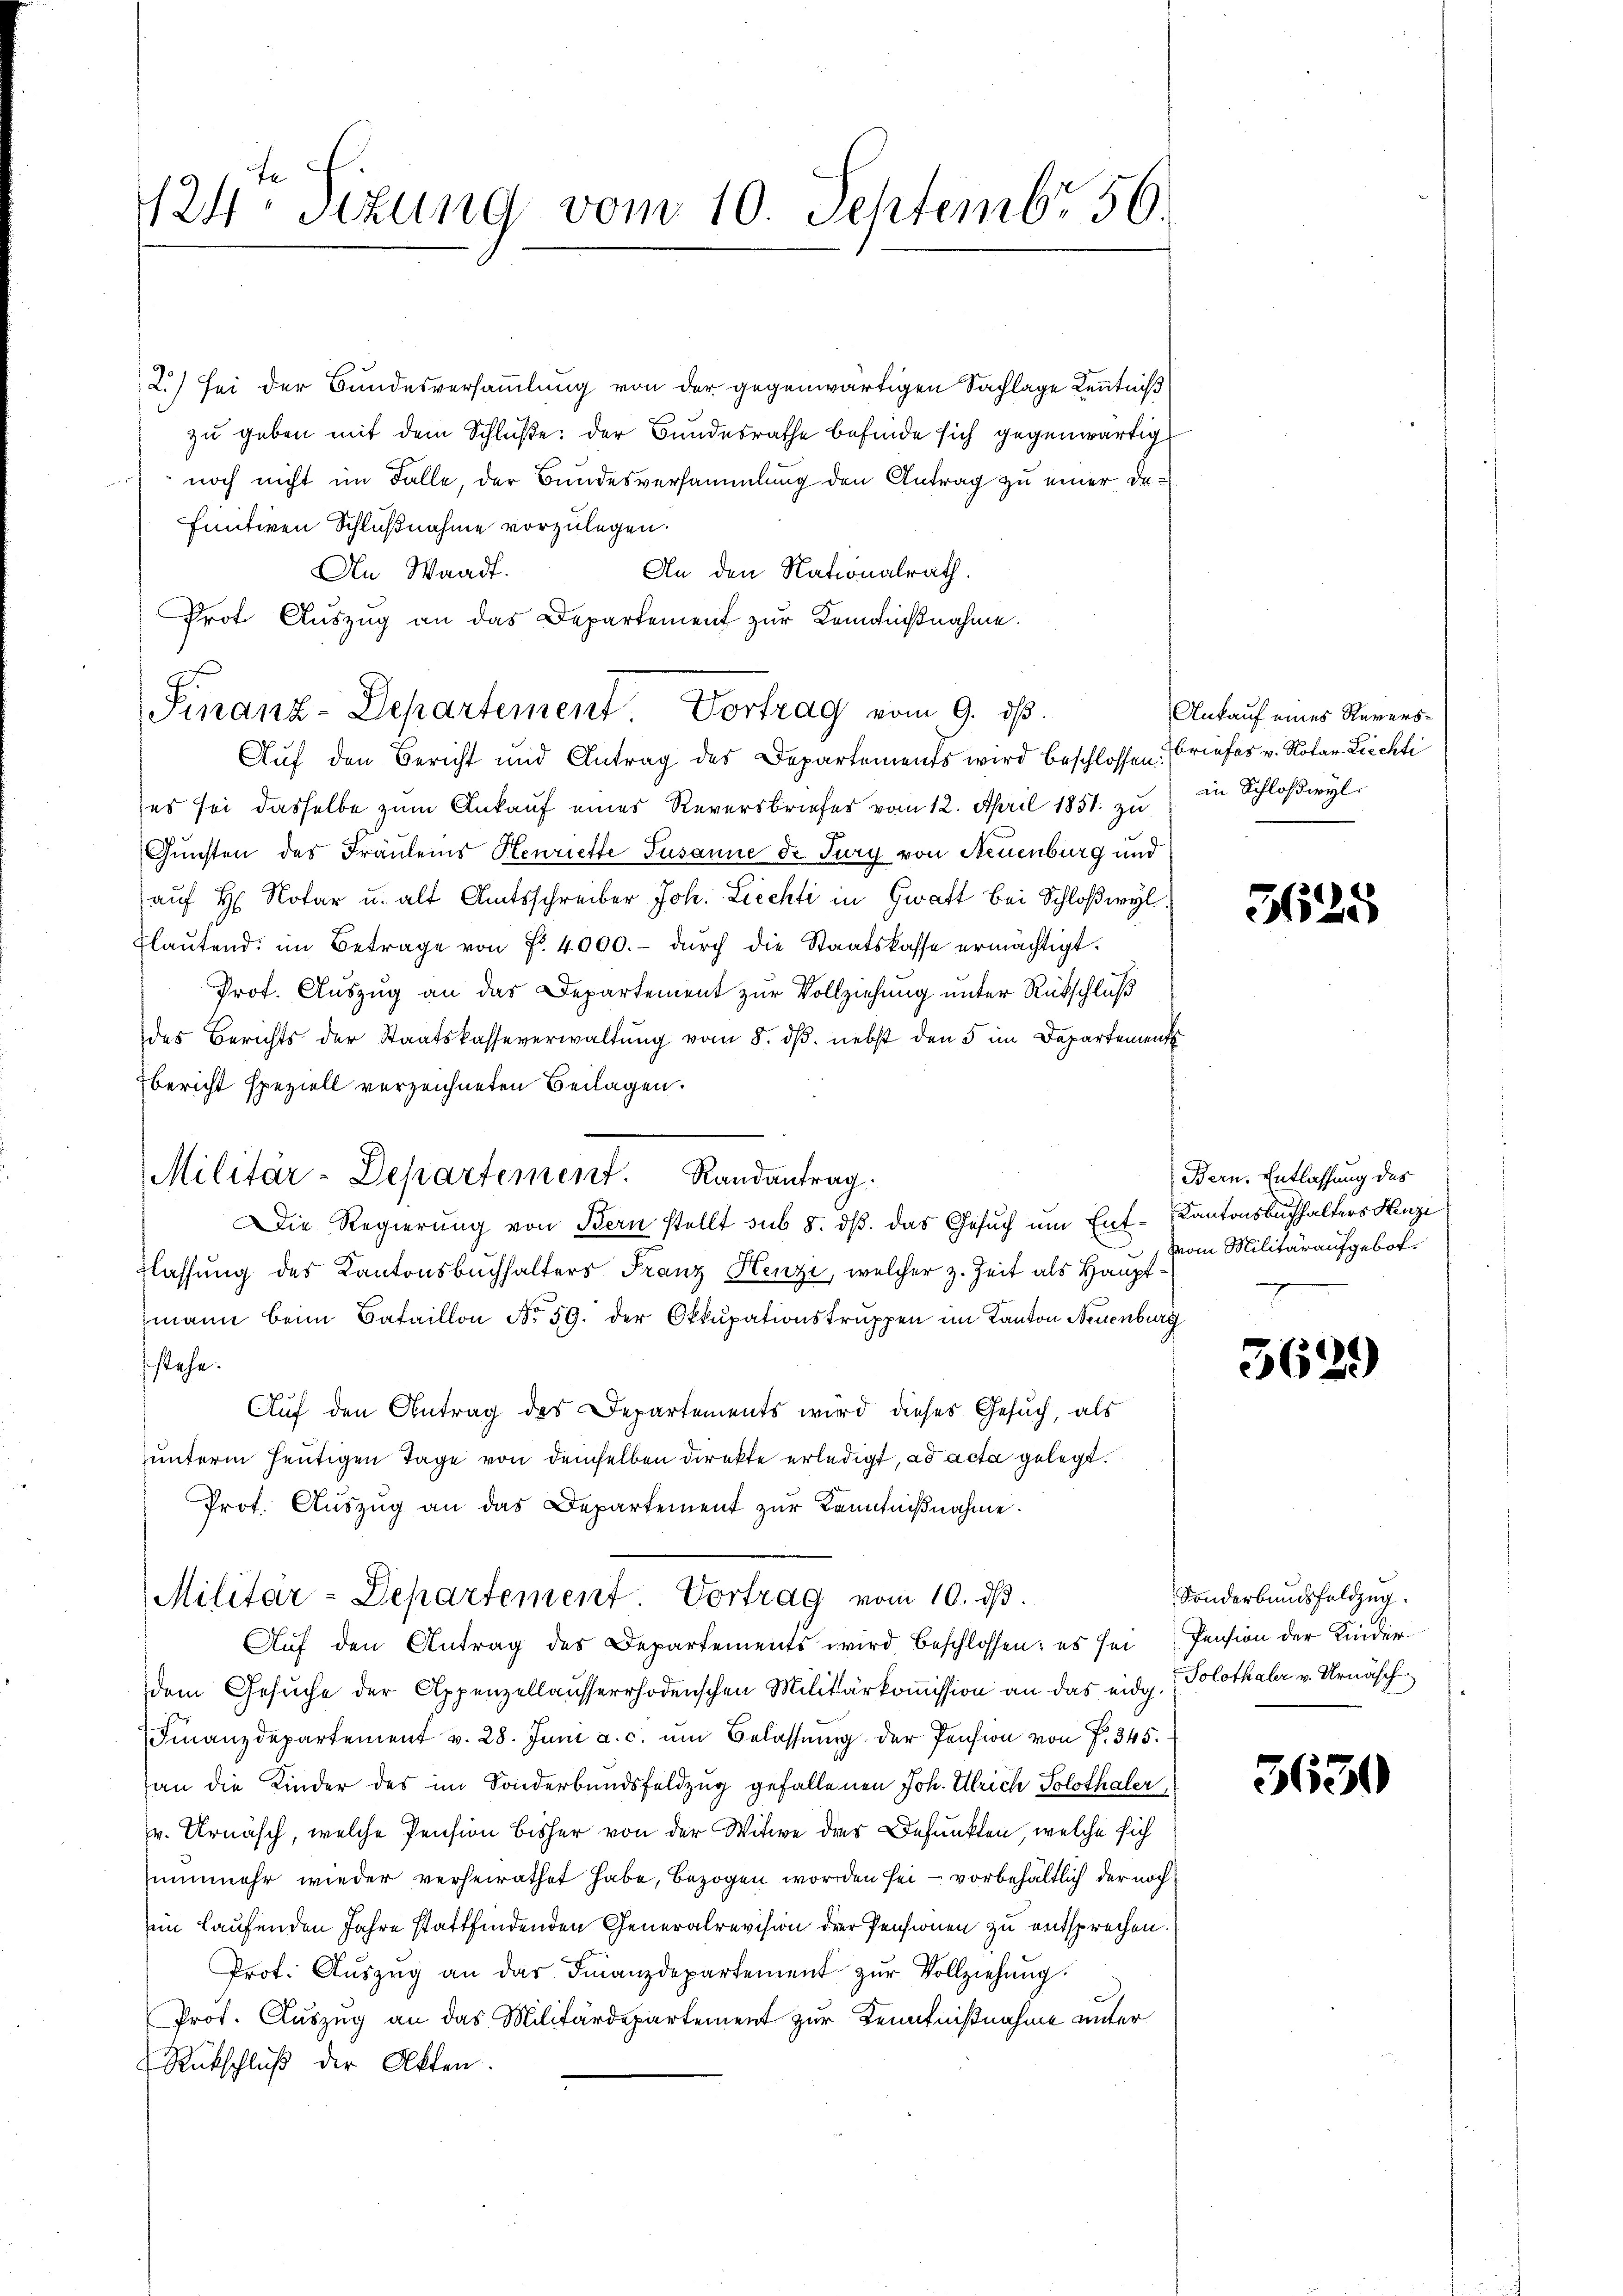
124 Stzung vom 10. Septembr 56.

2.) Sei der Bundesversammlung von der gegenwärtigen Sachlage Kenntniß
zu geben mit dem Schluße der Bundesrathe befinde sich gegenwärtig
noch nicht im Falle, der Bundesversammlung den Antrag zu einer Definitiven Schlußnahme vorzulegen.
An Waadt.
An den Nationalrath.
Prof. Auszug an das Departement zur Kenntnißnahme.
Auf den Bericht und Antrag des Departements wird beschlossen
(es sei dasselbe zum Ankauf eines Reversbriefes vom 12. April 1851 zu
Gunsten des Fräulens Henriette Susanne de Tury von Neuenburg und
auf H. Notar u. alt Amtsschreiber Joh. Liechti in Gwratt bei Schloßwyl
Flaŭtend im Betrage von Fr. 4000.- dŭrch die Staatskasse ermächtigt.
Prof. Auszug an das Departement zur Vollziehung unter Rückschluß
des Berichts der Staatskasseverwaltŭng vom 8. dβ. nebst den 5 im Departement
bericht speziell verzeichneten Beilagen.
Militär-Departement. Randantrag.
Die Regierung von Bern stellt sub 8. dβ das Gesuch um Ent-Kantonsbuchhalters Henzi
flassung des Kantonsbuchhalters Franz Henzi, welcher z. Zeit als Hauptmann beim Bataillon No 59. der Okkupationstruppen im Kanton Neuenburg
stehe.
Auf den Antrag des Departements wird dieses Gesuch, als
unterm heutigen Tage von demselben direkte erledigt, ad acta gelegt.
Prot. Aŭszŭg an das Departement zur Kenntnißnahme.
Militär-Departement. Vortrag vom 10. ds.
Auf den Antrag des Departements wird beschlossen: es sei
dem Gesuche der Appenzellausserrhodenschen Militärkoṁission an das eidg. (Solothaler v. Urnäsch
Finanzdepartement v. 28. Juni a. c. um Belassung der Pension von P. 345.
an die Kinder des im Sonderbundsfeldzug gefallenen Joh. Ulrich Solothaler
v. Urnäsch, welche Pension bisher von der Witwe dies Befunkten, welche sich
nunmehr wieder verheirathet habe, bezogen worden sei – vorbehältlich der noch
im laufenden Jahre stattfindenden Generalrevision der Pensionen zu entsprechen.
Prof. Auszug an das Finanzdepartement zur Vollziehung.
Prof. Auszug an das Militärdepartement zur Kenntnißnahme unter
Rückschluß der Akten.

Finanz-Departement Vortrag vom 9. ds.

Ankauf eines Reversbriefes v. Notar Liechti
in Schloßwyl.

3625

Bern. Entlassung des
Vom Militäraufgebot.

5629)

Sonderbundsfeldzug.
Pension der Kinder

5630